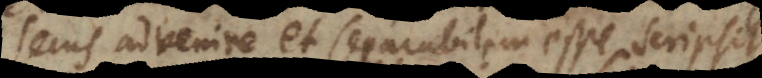
secus advenire et separabilem esse scripsit,